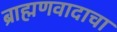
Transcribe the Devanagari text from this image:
ब्राह्मणवादाचा